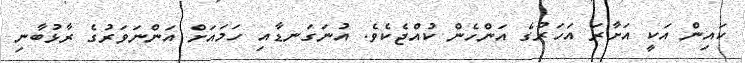
ކައިން އަކީ އަށާރަ އަހަރުގެ އަންހެން ކުއްޖެކެވެ. އުނަގަނޑާއި ހަމައަށް އަންނަވަރުގެ ރާޅުބާނި